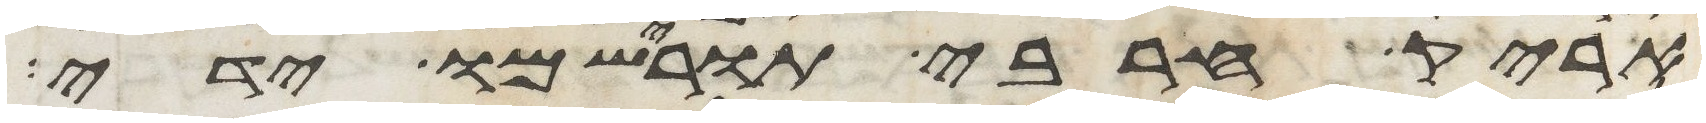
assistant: אריק חרבי תורישמו ידי